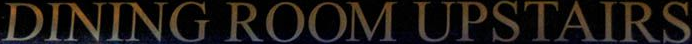
DINING ROOM UPSTAIRS